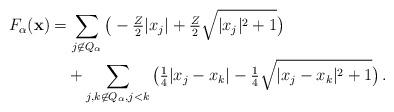
LaTeX: \begin{align*} F_{\alpha}({\bf x})&=\sum_{j\not\in Q_{\alpha}}\big(-\tfrac{Z}{2}|x_j|+\tfrac{Z}{2}\sqrt{|x_j|^2+1}\big) \\&\quad+\sum_{j,k\not\in Q_{\alpha}, j<k}\big(\tfrac{1}{4}|x_j-x_k|-\tfrac{1}{4}\sqrt{|x_j-x_k|^2+1}\big)\,. \end{align*}